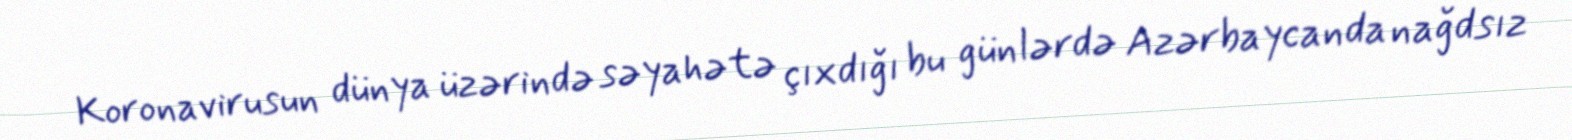
Koronavirusun dünya üzərində səyahətə çıxdığı bu günlərdə Azərbaycanda nağdsız